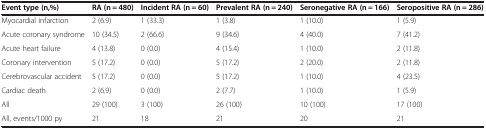
<table><thead><tr><td><b>Event type (n,%)</b></td><td><b>RA (n = 480)</b></td><td><b>Incident RA (n = 60)</b></td><td><b>Prevalent RA (n = 240)</b></td><td><b>Seronegative RA (n = 166)</b></td><td><b>Seropositive RA (n = 286)</b></td></tr></thead><tbody><tr><td>Myocardial infarction</td><td>2 (6.9)</td><td>1 (33.3)</td><td>1 (3.8)</td><td>1 (10.0)</td><td>1 (5.9)</td></tr><tr><td>Acute coronary syndrome</td><td>10 (34.5)</td><td>2 (66.6)</td><td>9 (34.6)</td><td>4 (40.0)</td><td>7 (41.2)</td></tr><tr><td>Acute heart failure</td><td>4 (13.8)</td><td>0 (0.0)</td><td>4 (15.4)</td><td>1 (10.0)</td><td>2 (11.8)</td></tr><tr><td>Coronary intervention</td><td>5 (17.2)</td><td>0 (0.0)</td><td>5 (17.2)</td><td>2 (20.0)</td><td>2 (11.8)</td></tr><tr><td>Cerebrovascular accident</td><td>5 (17.2)</td><td>0 (0.0)</td><td>5 (17.2)</td><td>1 (10.0)</td><td>4 (23.5)</td></tr><tr><td>Cardiac death</td><td>2 (6.9)</td><td>0 (0.0)</td><td>2 (7.7)</td><td>1 (10.0)</td><td>1 (5.9)</td></tr><tr><td>All</td><td>29 (100)</td><td>3 (100)</td><td>26 (100)</td><td>10 (100)</td><td>17 (100)</td></tr><tr><td>All, events/1000 py</td><td>21</td><td>18</td><td>21</td><td>20</td><td>21</td></tr></tbody></table>